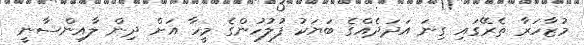
މުޒާހަރާ ތެރޭގައި ގިނަ އަދަދެއްގެ ބަޔަކު ފުލުހުންގެ މީހާ އަށް ދިން ލާއިންސާނީ